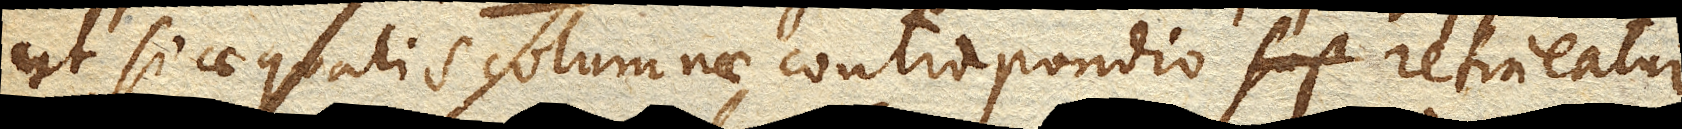
ut si aequalis columnae contrapondio retineatur,